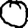
Digit: 0